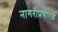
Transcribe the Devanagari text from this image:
नागरीप्रचारक